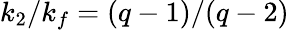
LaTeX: k_{2}/k_{f}=(q-1)/(q-2)